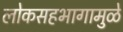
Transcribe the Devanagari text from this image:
लोकसहभागामुळे